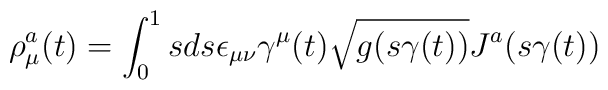
\rho_{\mu}^{a}(t)=\int_{0}^{1}sds\epsilon_{\mu\nu}\gamma^{\mu}(t)\sqrt{g(s\gamma(t))}J^{a}(s\gamma(t))